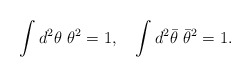
\begin{align*}\int d^2 \theta \ \theta^2 = 1,\quad \int d^2 {\bar\theta} \ {\bar \theta}^2 = 1.\end{align*}